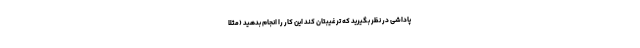
پاداشی در نظر بگیرید که ترغیبتان کند این کار را انجام بدهید (مثلاً